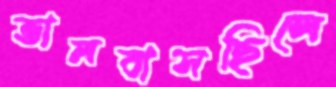
ভালবাসছিলে